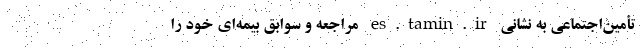
تأمین‌اجتماعی به نشانی es.tamin.ir مراجعه و سوابق بیمه‌ای خود را